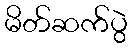
မိတ်ဆက်ပွဲ